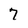
Character: 7